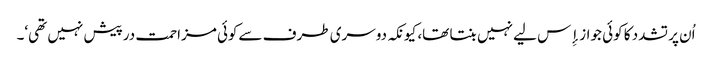
اُن پر تشدد کا کوئی جواز إِس لیے نہیں بنتا تھا، کیونکہ دوسری طرف سےکوئی مزاحمت درپیش نہیں تھی‘۔